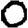
Digit: 0